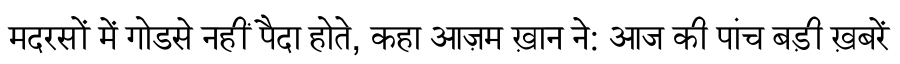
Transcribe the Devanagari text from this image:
मदरसों में गोडसे नहीं पैदा होते, कहा आज़म ख़ान ने: आज की पांच बड़ी ख़बरें